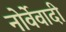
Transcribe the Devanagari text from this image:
नोर्वेवादी